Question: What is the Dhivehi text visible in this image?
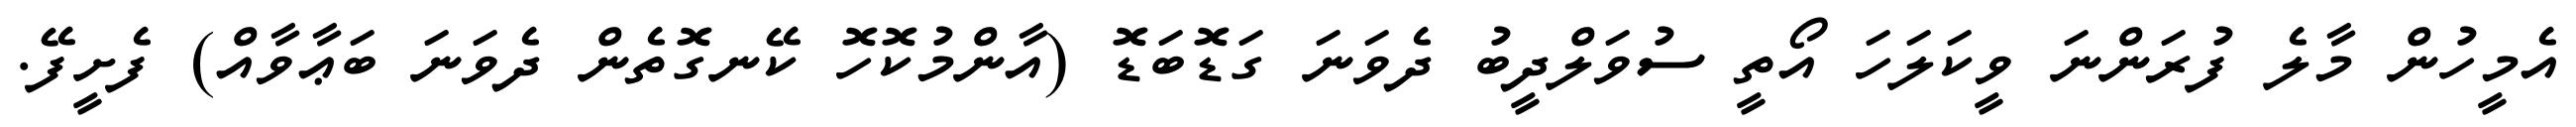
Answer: އެމީހުން މާލެ ފުރަންނަ ވީކަލަހަ އޯތީ ސުވަލްދީބު ދެވަނަ ގަޑޮބަޑޮ (އާންމުކޮހޮ ކޭނގޮތެން ދެވަނަ ބަޢާވާއް) ފެށީފޭ.